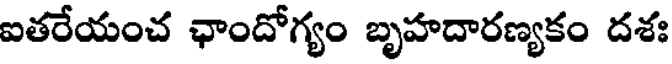
ఐతరేయంచ ఛాందోగ్యం బృహదారణ్యకం దశః